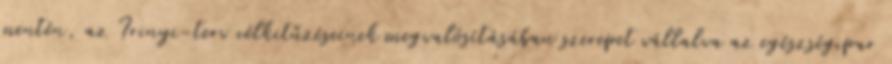
mentén, az Irinyi-terv célkitűzéseinek megvalósításában szerepet vállalva az egészségipar